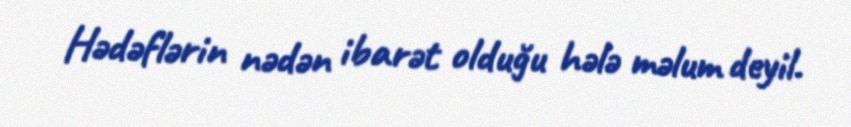
Hədəflərin nədən ibarət olduğu hələ məlum deyil.